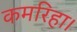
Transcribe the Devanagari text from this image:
कमरिहा।